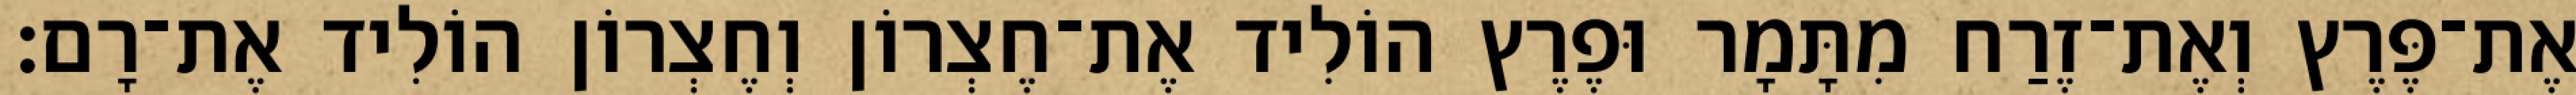
אֶת־פֶּרֶץ וְאֶת־זֶרַח מִתָּמָר וּפֶרֶץ הוֹלִיד אֶת־חֶצְרוֹן וְחֶצְרוֹן הוֹלִיד אֶת־רָם׃